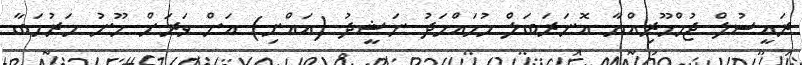
ރައީސުލް ޖުމްހޫރިއްޔާ އޮނަރަބަލް މުހައްމަދު ނަޝީދު (އައްނި) އަށް ވަރަށް ހޫނު މަރުހަބާ